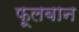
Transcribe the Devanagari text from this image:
फूलबान